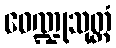
ဝေဏ္ဍုသုတ္တံ